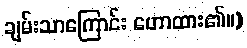
ချမ်းသာကြောင်း ဟောထား၏။)